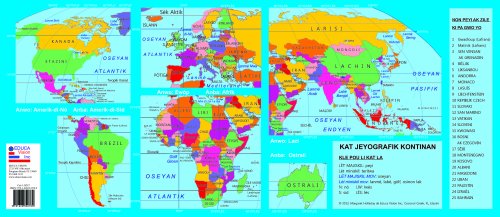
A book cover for Kat Jeyografik Kontinan / Map of the Continents in Haitian Creole (Creole Edition); Margaret Holladay; Travel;